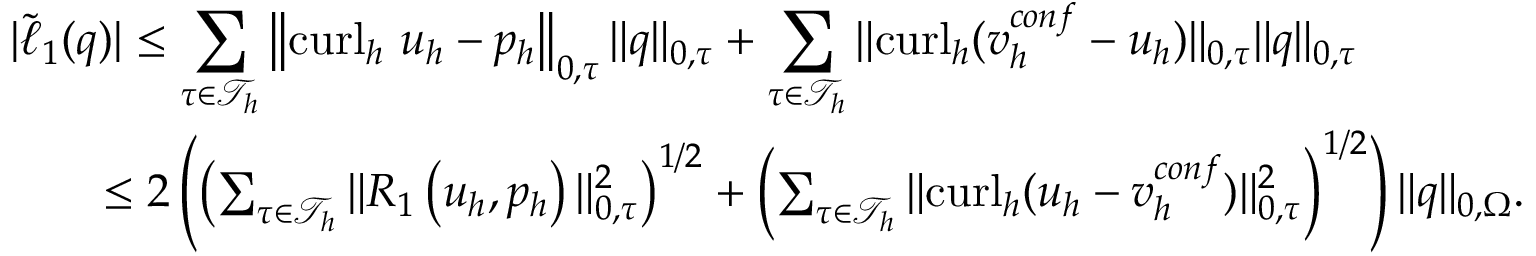
\begin{array} { r l r } { \lefteqn { | \tilde { \ell } _ { 1 } ( q ) | \leq \sum _ { \tau \in \mathcal { T } _ { h } } \left\| \mathrm { c u r l } _ { h } ~ \boldsymbol { u } _ { h } - { p } _ { h } \right\| _ { 0 , \tau } \| { q } \| _ { 0 , \tau } + \sum _ { \tau \in \mathcal { T } _ { h } } \| \mathrm { c u r l } _ { h } ( \boldsymbol { v } _ { h } ^ { c o n f } - \boldsymbol { u } _ { h } ) \| _ { 0 , \tau } \| { q } \| _ { 0 , \tau } } } \\ & { } & { \leq 2 \left( \left( \sum _ { \tau \in \mathcal { T } _ { h } } \| R _ { 1 } \left( \boldsymbol { u } _ { h } , p _ { h } \right) \| _ { 0 , \tau } ^ { 2 } \right) ^ { 1 / 2 } + \left( \sum _ { \tau \in \mathcal { T } _ { h } } \| \mathrm { c u r l } _ { h } ( \boldsymbol { u } _ { h } - \boldsymbol { v } _ { h } ^ { c o n f } ) \| _ { 0 , \tau } ^ { 2 } \right) ^ { 1 / 2 } \right) \| q \| _ { 0 , \Omega } . } \end{array}